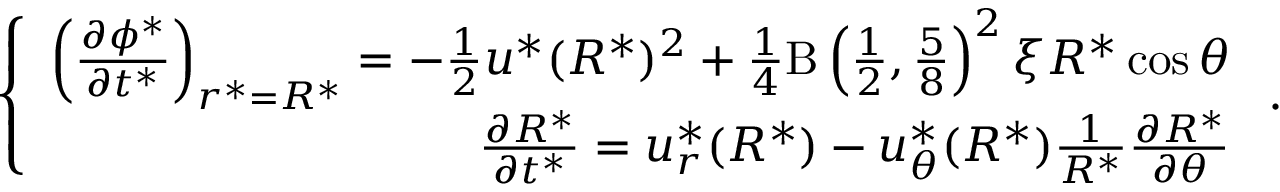
\left\{ \begin{array} { r } { \left( \frac { \partial \phi ^ { * } } { \partial t ^ { * } } \right) _ { r ^ { * } = R ^ { * } } = - \frac { 1 } { 2 } u ^ { * } ( R ^ { * } ) ^ { 2 } + \frac { 1 } { 4 } \mathrm { B } \left( \frac { 1 } { 2 } , \frac { 5 } { 8 } \right) ^ { 2 } \xi R ^ { * } \cos \theta } \\ { \frac { \partial R ^ { * } } { \partial t ^ { * } } = u _ { r } ^ { * } ( R ^ { * } ) - u _ { \theta } ^ { * } ( R ^ { * } ) \frac { 1 } { R ^ { * } } \frac { \partial R ^ { * } } { \partial \theta } } \end{array} \right. .